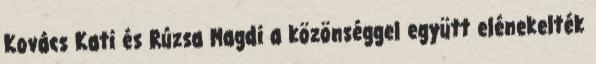
Kovács Kati és Rúzsa Magdi a közönséggel együtt elénekelték